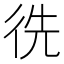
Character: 𢓠